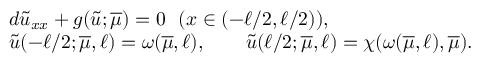
\begin{array} { r l } & { d \tilde { u } _ { x x } + g ( \tilde { u } ; \overline { { \mu } } ) = 0 ~ ~ ( x \in ( - \ell / 2 , \ell / 2 ) ) , } \\ & { \tilde { u } ( - \ell / 2 ; \overline { { \mu } } , \ell ) = \omega ( \overline { { \mu } } , \ell ) , \qquad \tilde { u } ( \ell / 2 ; \overline { { \mu } } , \ell ) = \chi ( \omega ( \overline { { \mu } } , \ell ) , \overline { { \mu } } ) . } \end{array}